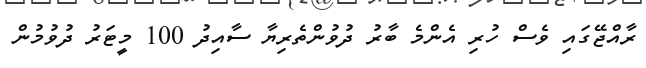
ރާއްޖޭގައި ވެސް ހުރި އެންމެ ބާރު ދުވުންތެރިޔާ ސާއިދު 100 މީޓަރު ދުވުމުން